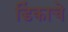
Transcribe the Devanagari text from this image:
डिंकाचे